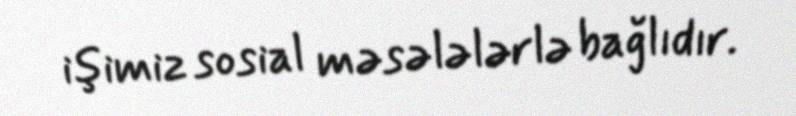
işimiz sosial məsələlərlə bağlıdır.